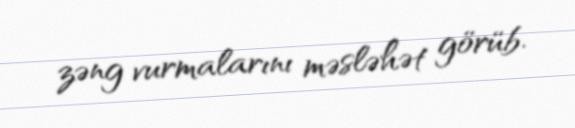
zəng vurmalarını məsləhət görüb.